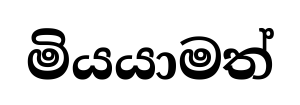
මියයාමත්